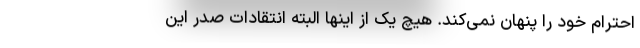
احترام خود را پنهان نمی‌کند. هیچ یک از اینها البته انتقادات صدرِ این